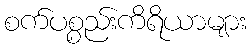
စက်ပစ္စည်းကိရိယာများ